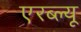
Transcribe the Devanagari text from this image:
एरब्ल्यू